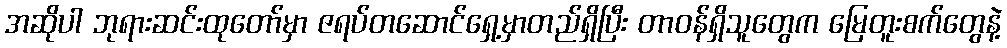
အဆိုပါ ဘုရားဆင်းထုတော်မှာ ဇရပ်တဆောင်ရှေ့မှာတည်ရှိပြီး တာဝန်ရှိသူတွေက မြေတူးစက်တွေနဲ့